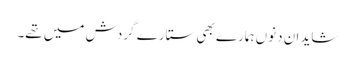
شاید ان دنوں ہمارے بھی ستارے گردش میں تھے۔